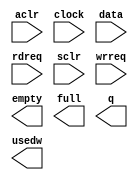
module alt_fifo_4b_64w (
	aclr,
	clock,
	data,
	rdreq,
	sclr,
	wrreq,
	empty,
	full,
	q,
	usedw);

	input	  aclr;
	input	  clock;
	input	[3:0]  data;
	input	  rdreq;
	input	  sclr;
	input	  wrreq;
	output	  empty;
	output	  full;
	output	[3:0]  q;
	output	[5:0]  usedw;

endmodule